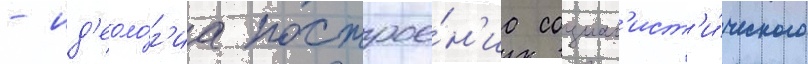
- ид'еоло́г'иа построе́н'иа социал'ист'и́ческого